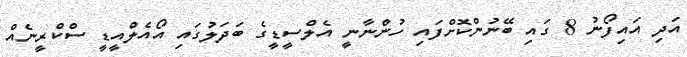
އަދި އައިފޯނު 8 ގައި ބޭނުންކޮށްފައި ހުންނާނީ އެލްސީޑީގެ ބަދަލުގައި އޯއެލްއީޑީ ސްކްރީނެއް